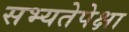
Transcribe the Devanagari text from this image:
सभ्यतेपेक्षा